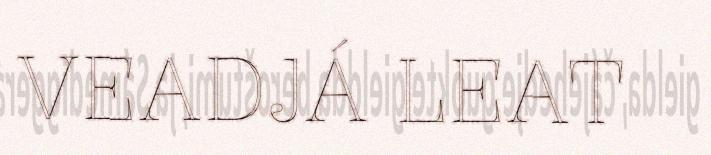
VEADJÁ LEAT